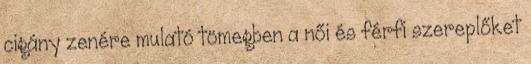
cigány zenére mulató tömegben a női és férfi szereplőket